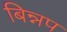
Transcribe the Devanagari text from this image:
बिन्नप